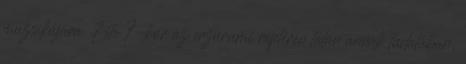
muzsikájára. Este 7-kor az erzurumi reptéren talán annak tudatában,